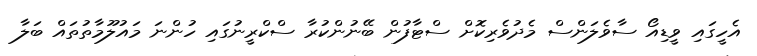
އެހީގައި ވީޑިއޯ ސާވެލަންސް މެދުވެރިކޮށް ސްޓާފުން ބޭނުންކުރާ ސްކްރީނުގައި ހުންނަ މައުލޫމާތުތައް ބަލާ